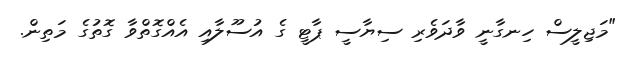
"މަޖިލީސް ހިނގާނީ ވާދަވެރި ސިޔާސީ ޕާޓީ ގެ އުސޫލާއި އެއްގޮތްވާ ގޮތުގެ މަތިން.